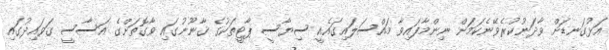
އަޅުގަނޑަށް ވާދަނުކުރެވޭނެކަމަށް ނިންމާފައިވާ މައްސަލައިގައެއީ ސިޔާސީ ޕާޓީތަކުގެ ޤާނޫނުގައި ވާގޮތަށްގެ އަސާސީ ގަވައިދުގައި